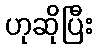
ဟုဆိုပြီး